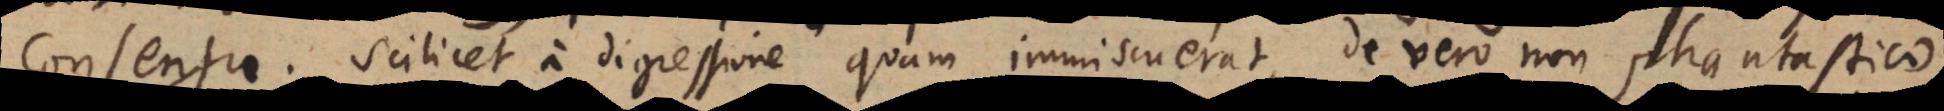
consensu. Scilicet a digressione quam immiscuerat, de vero non phantastico